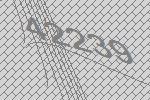
42239